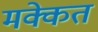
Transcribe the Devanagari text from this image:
मक्केत